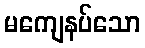
မကျေနပ်သော